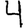
Digit: 4